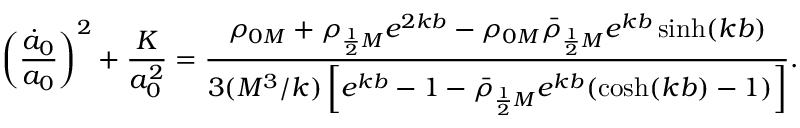
\left( \frac { \dot { a } _ { 0 } } { a _ { 0 } } \right) ^ { 2 } + \frac { K } { a _ { 0 } ^ { 2 } } = \frac { \rho _ { 0 M } + \rho _ { \frac 1 2 M } e ^ { 2 k b } - \rho _ { 0 M } \bar { \rho } _ { \frac 1 2 M } e ^ { k b } \sinh ( k b ) } { 3 ( M ^ { 3 } / k ) \left[ e ^ { k b } - 1 - \bar { \rho } _ { \frac 1 2 M } e ^ { k b } ( \cosh ( k b ) - 1 ) \right] } .